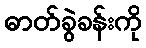
ဓာတ်ခွဲခန်းကို